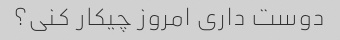
دوست داری امروز چیکار کنی؟